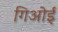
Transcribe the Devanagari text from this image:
गिओई